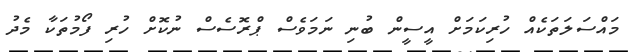
މައްސަލަތަކެއް ހުރިކަމަށް އީސީން ބުނި ނަމަވެސް ޕްރޮސެސް ނުކޮށް ހުރި ފޯމުތަކާ މެދު